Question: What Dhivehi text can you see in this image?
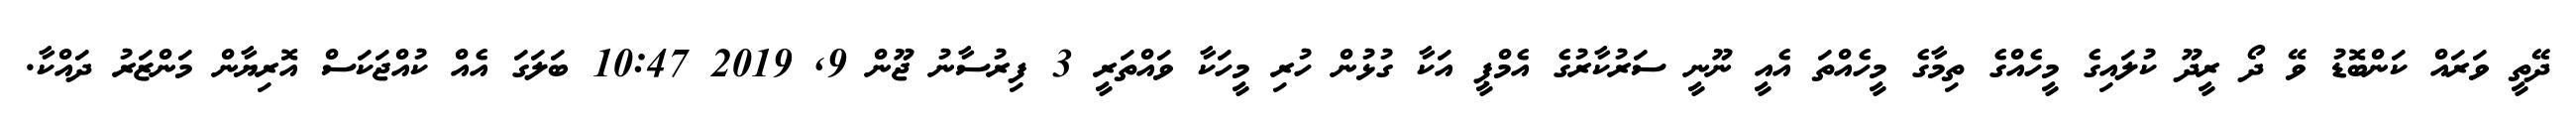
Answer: ދޭތީ ވަރައް ކަންބޮޑު ވޭ ދޯ ރީދޫ ކުލައިގެ މީހެއްގެ ތިމާގެ މީހެއްތަ އެއީ ނޫނީ ސަރުކާރުގެ އެމްޕީ އަކާ ގުޅުން ހުރި މީހަކާ ވައްތަރީ 3 ފިރުސާނު ޖޫން 9, 2019 10:47 ބަލަގަ އެއް ކުއްޖަކަސް އޮރިޔާން މަންޒަރު ދައްކާ.